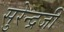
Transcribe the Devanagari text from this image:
सुरेन्द्रजी